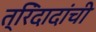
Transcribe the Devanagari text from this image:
त्रिंदादांची